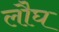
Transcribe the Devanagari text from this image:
लौघ